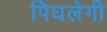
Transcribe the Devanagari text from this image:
पिघलेगी